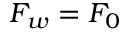
F _ { w } = F _ { 0 }